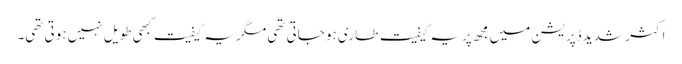
اکثر شدید ڈپریشن میں مجھ پر یہ کیفیت طاری ہو جاتی تھی مگر یہ کیفیت کبھی طویل نہیں ہوتی تھی۔